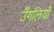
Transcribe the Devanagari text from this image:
उँगलियोँ